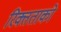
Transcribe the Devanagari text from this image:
रिक्तताको